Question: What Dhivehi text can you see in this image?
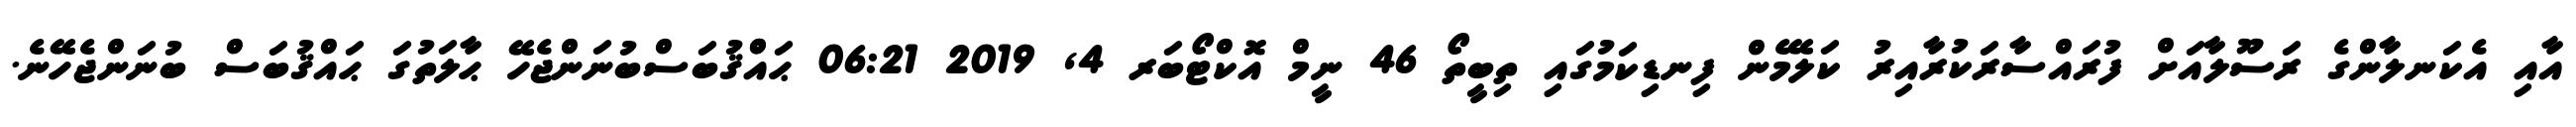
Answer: އާއި އެކަނލާންގެ ރަސޫލާއަށް ފުރައްސާރަކުރާއިރު ކަލޭމެން ފިނޑިކަމުގައި ތިބީތޯ 46 ނީމް އޮކްޓޯބަރ 4, 2019 06:21 ޙައްްޤުބަސްބުނަންޖެހޭ ޙާލަތުގަ ޙައްޤުބަސް ބުނަންޖެހޭނެ.